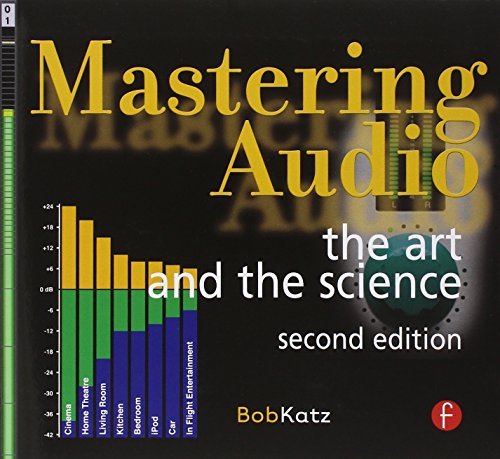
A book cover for Mastering Audio: The Art and the Science; Bob Katz; Arts & Photography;